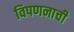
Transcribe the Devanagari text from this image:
विपणनाची